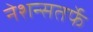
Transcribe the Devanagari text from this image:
नेशन्सतर्फे